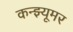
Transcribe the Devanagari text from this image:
कन्झ्यूमर